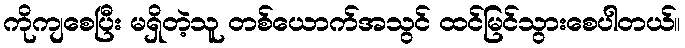
ကိုကျစေပြီး မရှိတဲ့သူ တစ်ယောက်အသွင် ထင်မြင်သွားစေပါတယ်။